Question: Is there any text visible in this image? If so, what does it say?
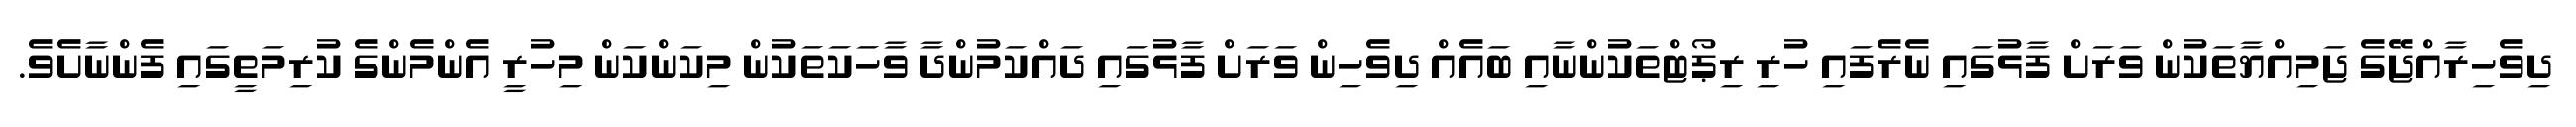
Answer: ދިވެހިރާއްޖޭގެ ޖަމިއްޔާތަކުން ވަރަށް ފާޅުގައި ނެރެފައި ހުރި ރިޕޯޓްތަކުންނާއި ބައެއް ދިވެހިން ވަރަށް ފާޅުގައި ދައްކަމުންދާ ވާހަކަތަކުން މިކަންކަން މިހުރީ އެންމެންގެ ކުރިމަތީގައި ފެންނާށެވެ.